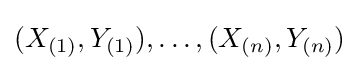
(X_{(1)},Y_{(1)}),\dots ,(X_{(n)},Y_{(n)})